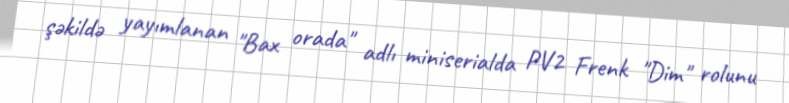
şəkildə yayımlanan "Bax orada" adlı miniserialda PV2 Frenk "Dim" rolunu